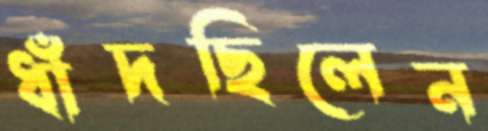
ধাঁদছিলেন